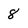
Character: 8